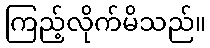
ကြည့်လိုက်မိသည်။